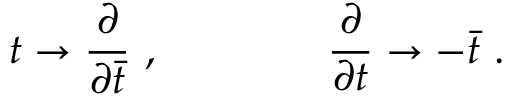
t \rightarrow { \frac { \partial } { \partial \bar { t } } } \ , \qquad \qquad { \frac { \partial } { \partial t } } \rightarrow - \bar { t } \ .